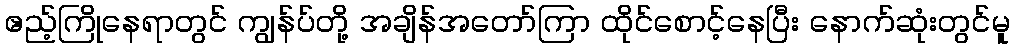
ဧည့်ကြိုနေရာတွင် ကျွန်ပ်တို့ အချိန်အတော်ကြာ ထိုင်စောင့်နေပြီး နောက်ဆုံးတွင်မူ